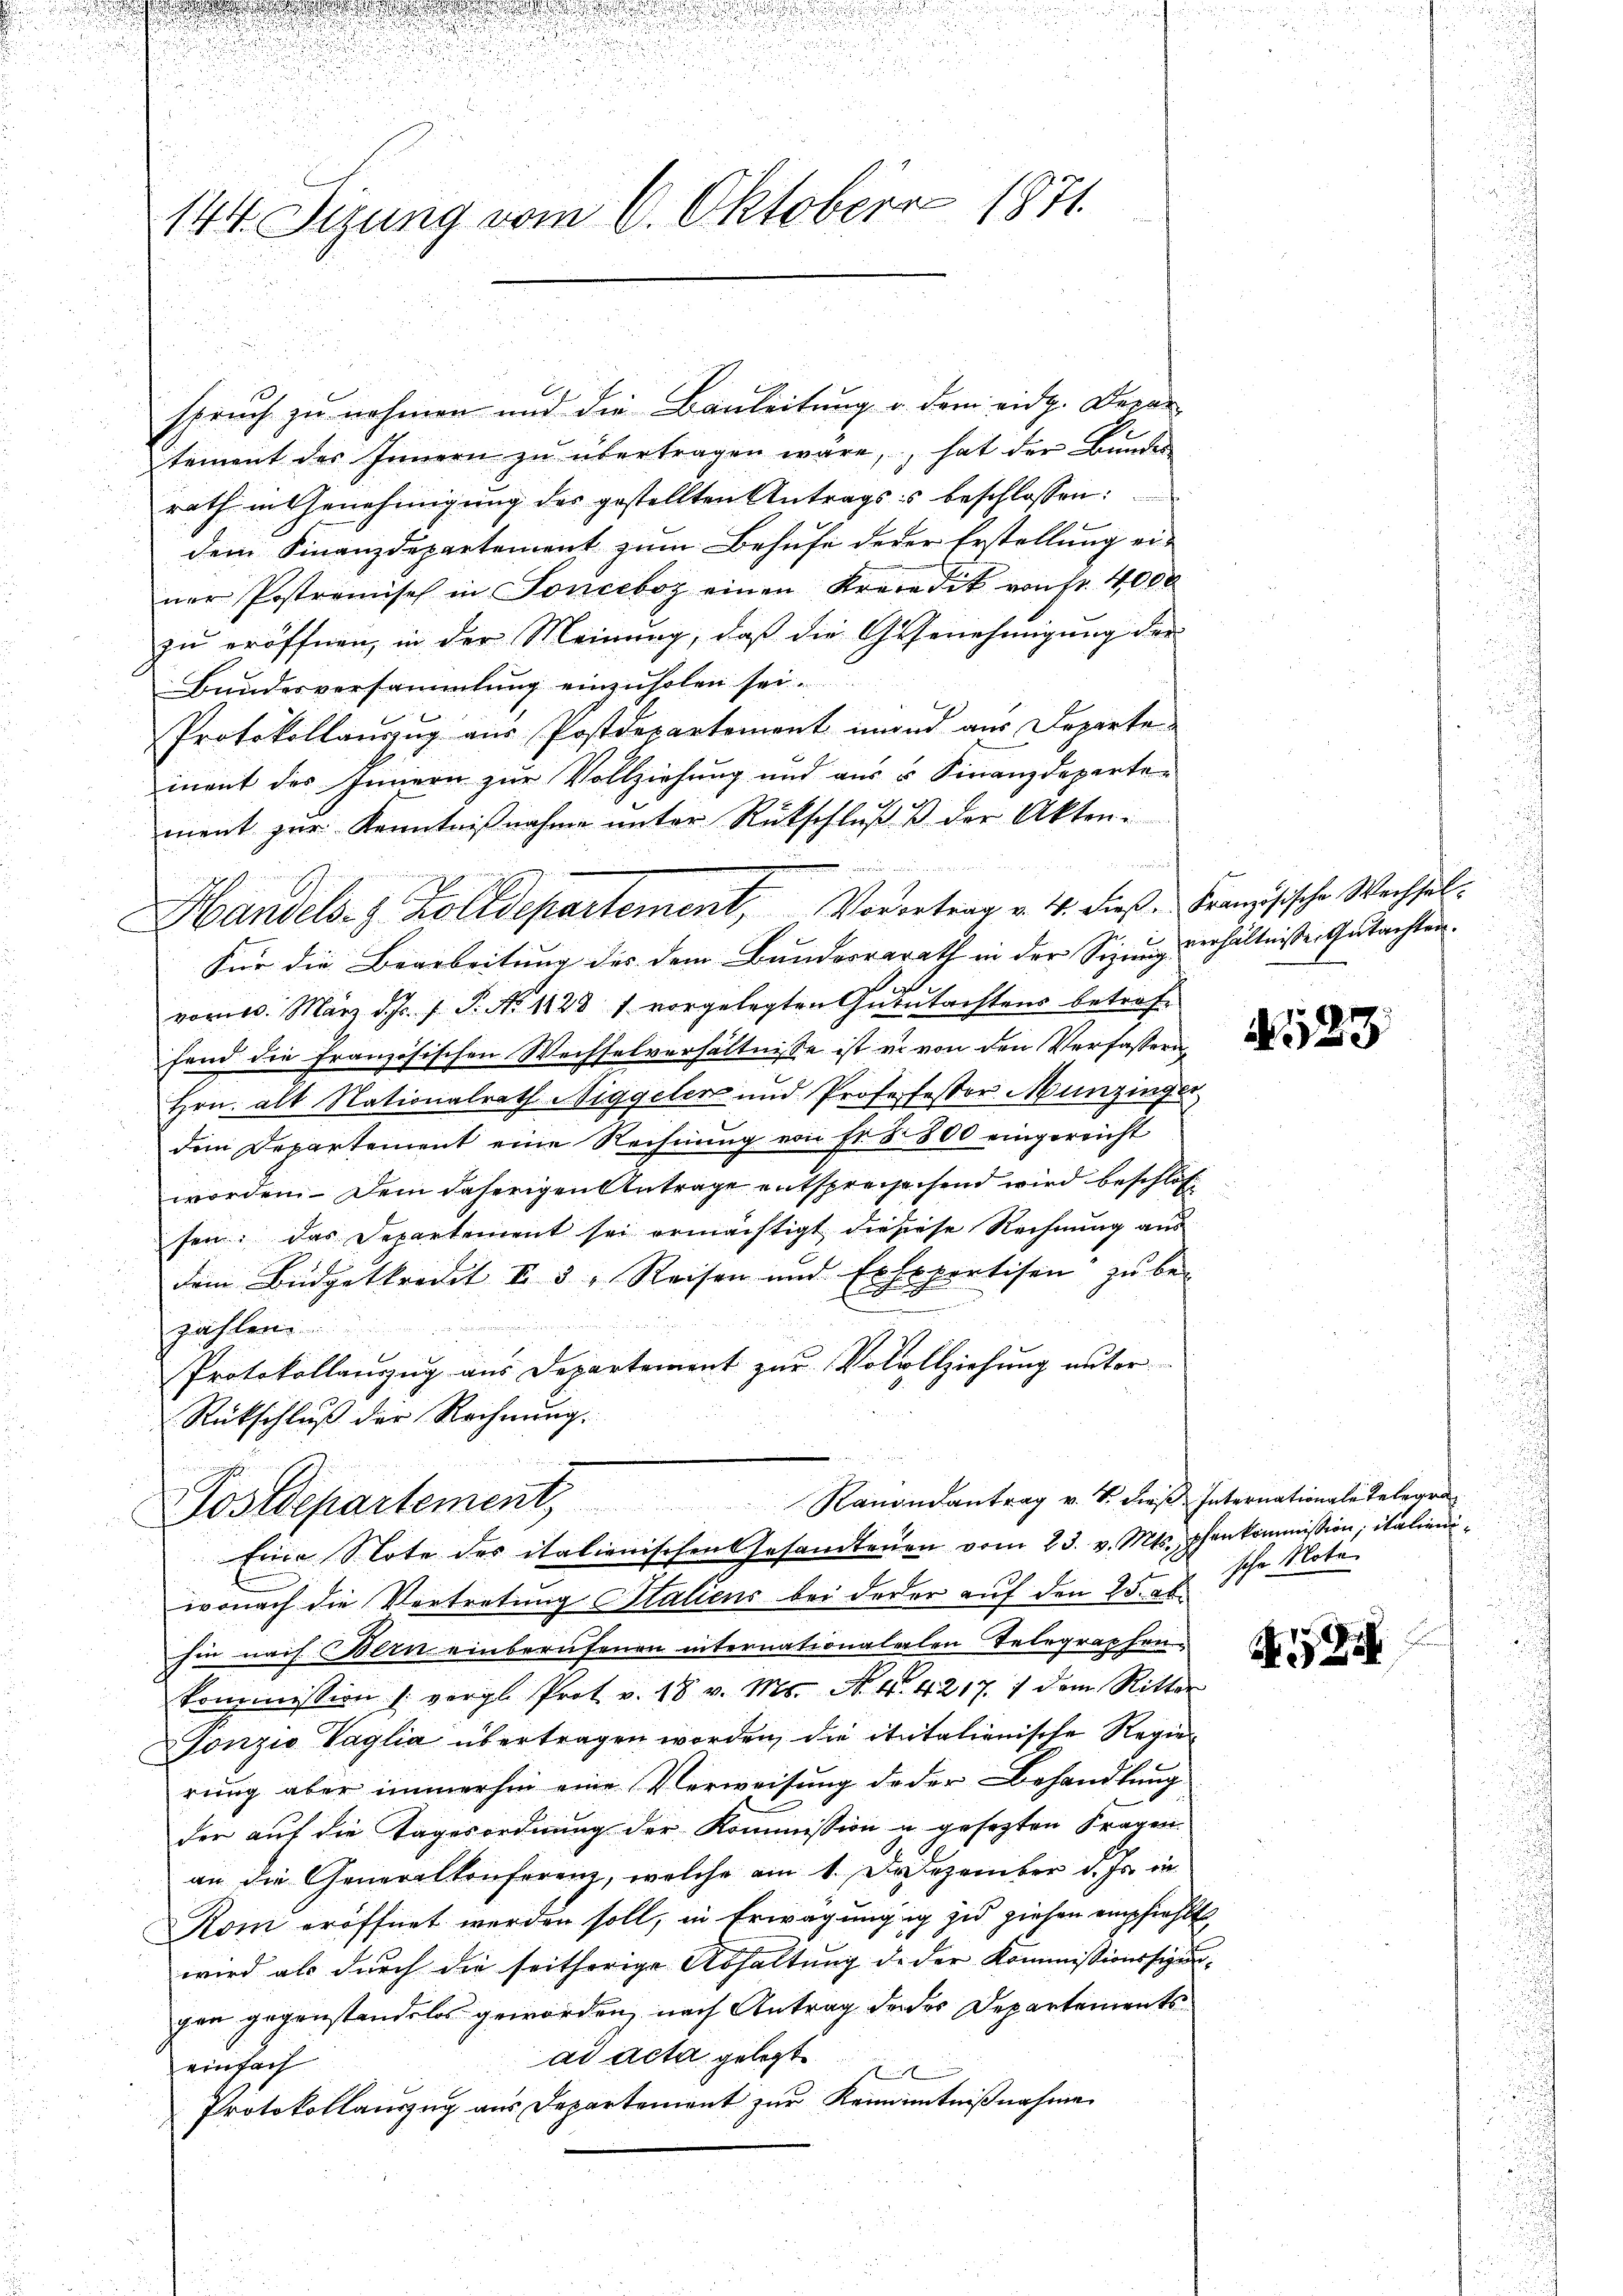
144. Sizung vom 6. Oktober 1871

spruch zu nehmen und die Bauleitung u. dem eidg. Depar
tement des Innern zŭ übertragen wäre, hat der Bŭndes
rath in Genehmigung des gestellten Antragss beschlossen:
dem Finanzdepartement zum Behufe derer Erstellung einer Postremisch in Fonceboz einen Kreisdik von fr. 4000
zu eröffnen, in der Meinung, daß die Genehmigung der
Bundesversammlung einzuholen sei.
Protokollauszug aus Postdepartement emand aus Departe
mnent des Innern zur Vollziehung und aus u Finanzdeparte
ment zur Kenntnißnahme unter Rückschluß & der Akten.
u
Handels- & Zolldepartement, Vordertrag v. 4. diese Französische Wechsel¬
Für die Bearbeitung des dem Bunderrarath in der Sizung verhältnisse Gutachten.
vom 10. März d. J. J. P. No 1128 1 vorgelegten Gubutachtens betref-
fand die Französischen Wechselverhältnisse ist u. von den Verfassern
Hrn. alt Nationalrath Niggeler und Professessor Munzinger
dem Departement eine Rechnŭng von fr. 8 800 eingereicht
worden. Dem daherigen Antrage entsprechechend wird beschlos
sen: das Departement sei ermächtigt die siese Rechnung aus
dem Büdgetkredit II 3. Reisen und Erbsportisen zu be-
n
.
zählen
Protokollauszug aus Departement zur Volollziehung unter¬
Rückschluß der Rechnung.
Postdepartement, Rauondantrag v. 4. diese Enternationaliselerri
Eine Note des italienischen Gesandtenen vom 23. v. Mts. pfenkommission, italieniwonach die Vortretung Staliens bei derer auf den 25. abhin nach Bern einberufenen internationalalen Telegraphen-
Commission (: vergl. Prot. v. 18 v. Ms. N. N. 4217. 7 dem Ritter
Tonzio Vaglia übertragen worden, die ititalienische Regier
rung aber immerhin eine Verweisung deder Behandlung
der auf die Tagesordnung der Kommission u gesezten Fragen.
an die Generalkonferenz, welche am 1. Dezember d. Js. in
Kom eröffnet werden soll, in Erwägungig zu ziehen empfiehlt
wird als durch die seitherige Abhaltŭng de der Kommissionssige
gen gegenstandelos geworden, nach Antrag der des Departements
ad acta gelegt
einfach

Protokollauszug aus Departement zur Kenntnißnahme

s

N 523

sche Note

25